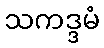
သကဒ္ဒမံ